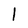
Character: l